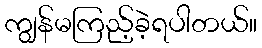
ကျွန်မကြည့်ခဲ့ရပါတယ်။